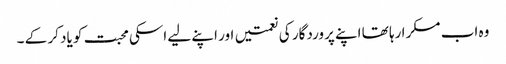
وہ اب مسکرا رہا تھا اپنے پروردگار کی نعمتیں اور اپنے لیے اسکی محبت کو یاد کر کے ۔